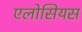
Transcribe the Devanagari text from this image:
एलोसियस